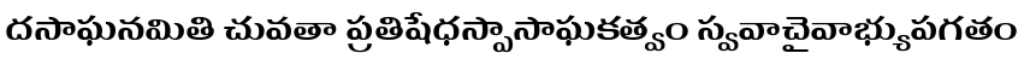
దసాఘనమితి చువతా ప్రతిషేధస్పాసాఘకత్వం స్వవాచైవాభ్యుపగతం